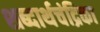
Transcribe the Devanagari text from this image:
शब्दार्थचंद्रिका